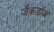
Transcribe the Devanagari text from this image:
जैकडॉज